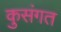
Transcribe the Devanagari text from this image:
कुसंगत